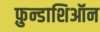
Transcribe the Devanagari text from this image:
फ़ुन्डाशिऑन